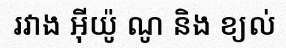
រវាង អ៊ីយ៉ូ ណូ និង ខ្យល់